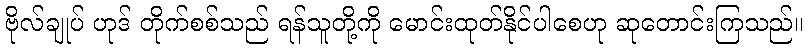
ဗိုလ်ချုပ် ဟုဒ် တိုက်စစ်သည် ရန်သူတို့ကို မောင်းထုတ်နိုင်ပါစေဟု ဆုတောင်းကြသည်။